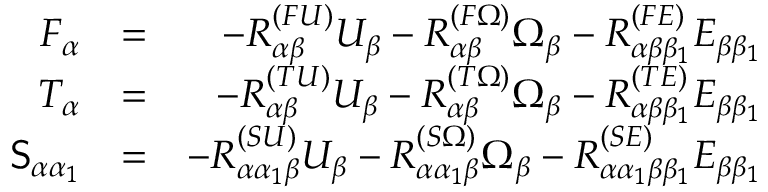
\begin{array} { r l r } { F _ { \alpha } } & { = } & { - { R } _ { \alpha \beta } ^ { ( F U ) } U _ { \beta } - { R } _ { \alpha \beta } ^ { ( F \Omega ) } \Omega _ { \beta } - { R } _ { \alpha \beta \beta _ { 1 } } ^ { ( F E ) } E _ { \beta \beta _ { 1 } } } \\ { T _ { \alpha } } & { = } & { - { R } _ { \alpha \beta } ^ { ( T U ) } U _ { \beta } - { R } _ { \alpha \beta } ^ { ( T \Omega ) } \Omega _ { \beta } - { R } _ { \alpha \beta \beta _ { 1 } } ^ { ( T E ) } E _ { \beta \beta _ { 1 } } } \\ { \mathsf { S } _ { \alpha \alpha _ { 1 } } } & { = } & { - { R } _ { \alpha \alpha _ { 1 } \beta } ^ { ( S U ) } U _ { \beta } - { R } _ { \alpha \alpha _ { 1 } \beta } ^ { ( S \Omega ) } \Omega _ { \beta } - { R } _ { \alpha \alpha _ { 1 } \beta \beta _ { 1 } } ^ { ( S E ) } E _ { \beta \beta _ { 1 } } } \end{array}